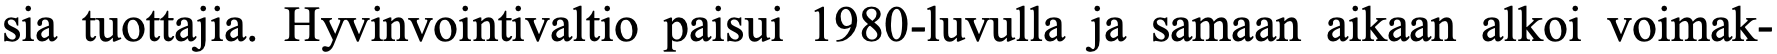
sia tuottajia. Hyvinvointivaltio paisui 1980-luvulla ja samaan aikaan alkoi voimak-